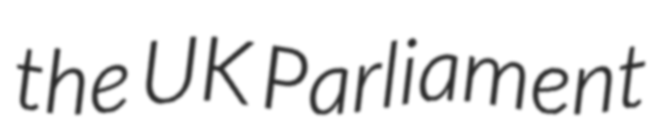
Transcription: the UK Parliament